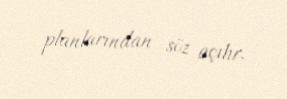
planlarından söz açılır.